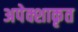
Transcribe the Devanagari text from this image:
अपेक्शाकृत